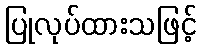
ပြုလုပ်ထားသဖြင့်